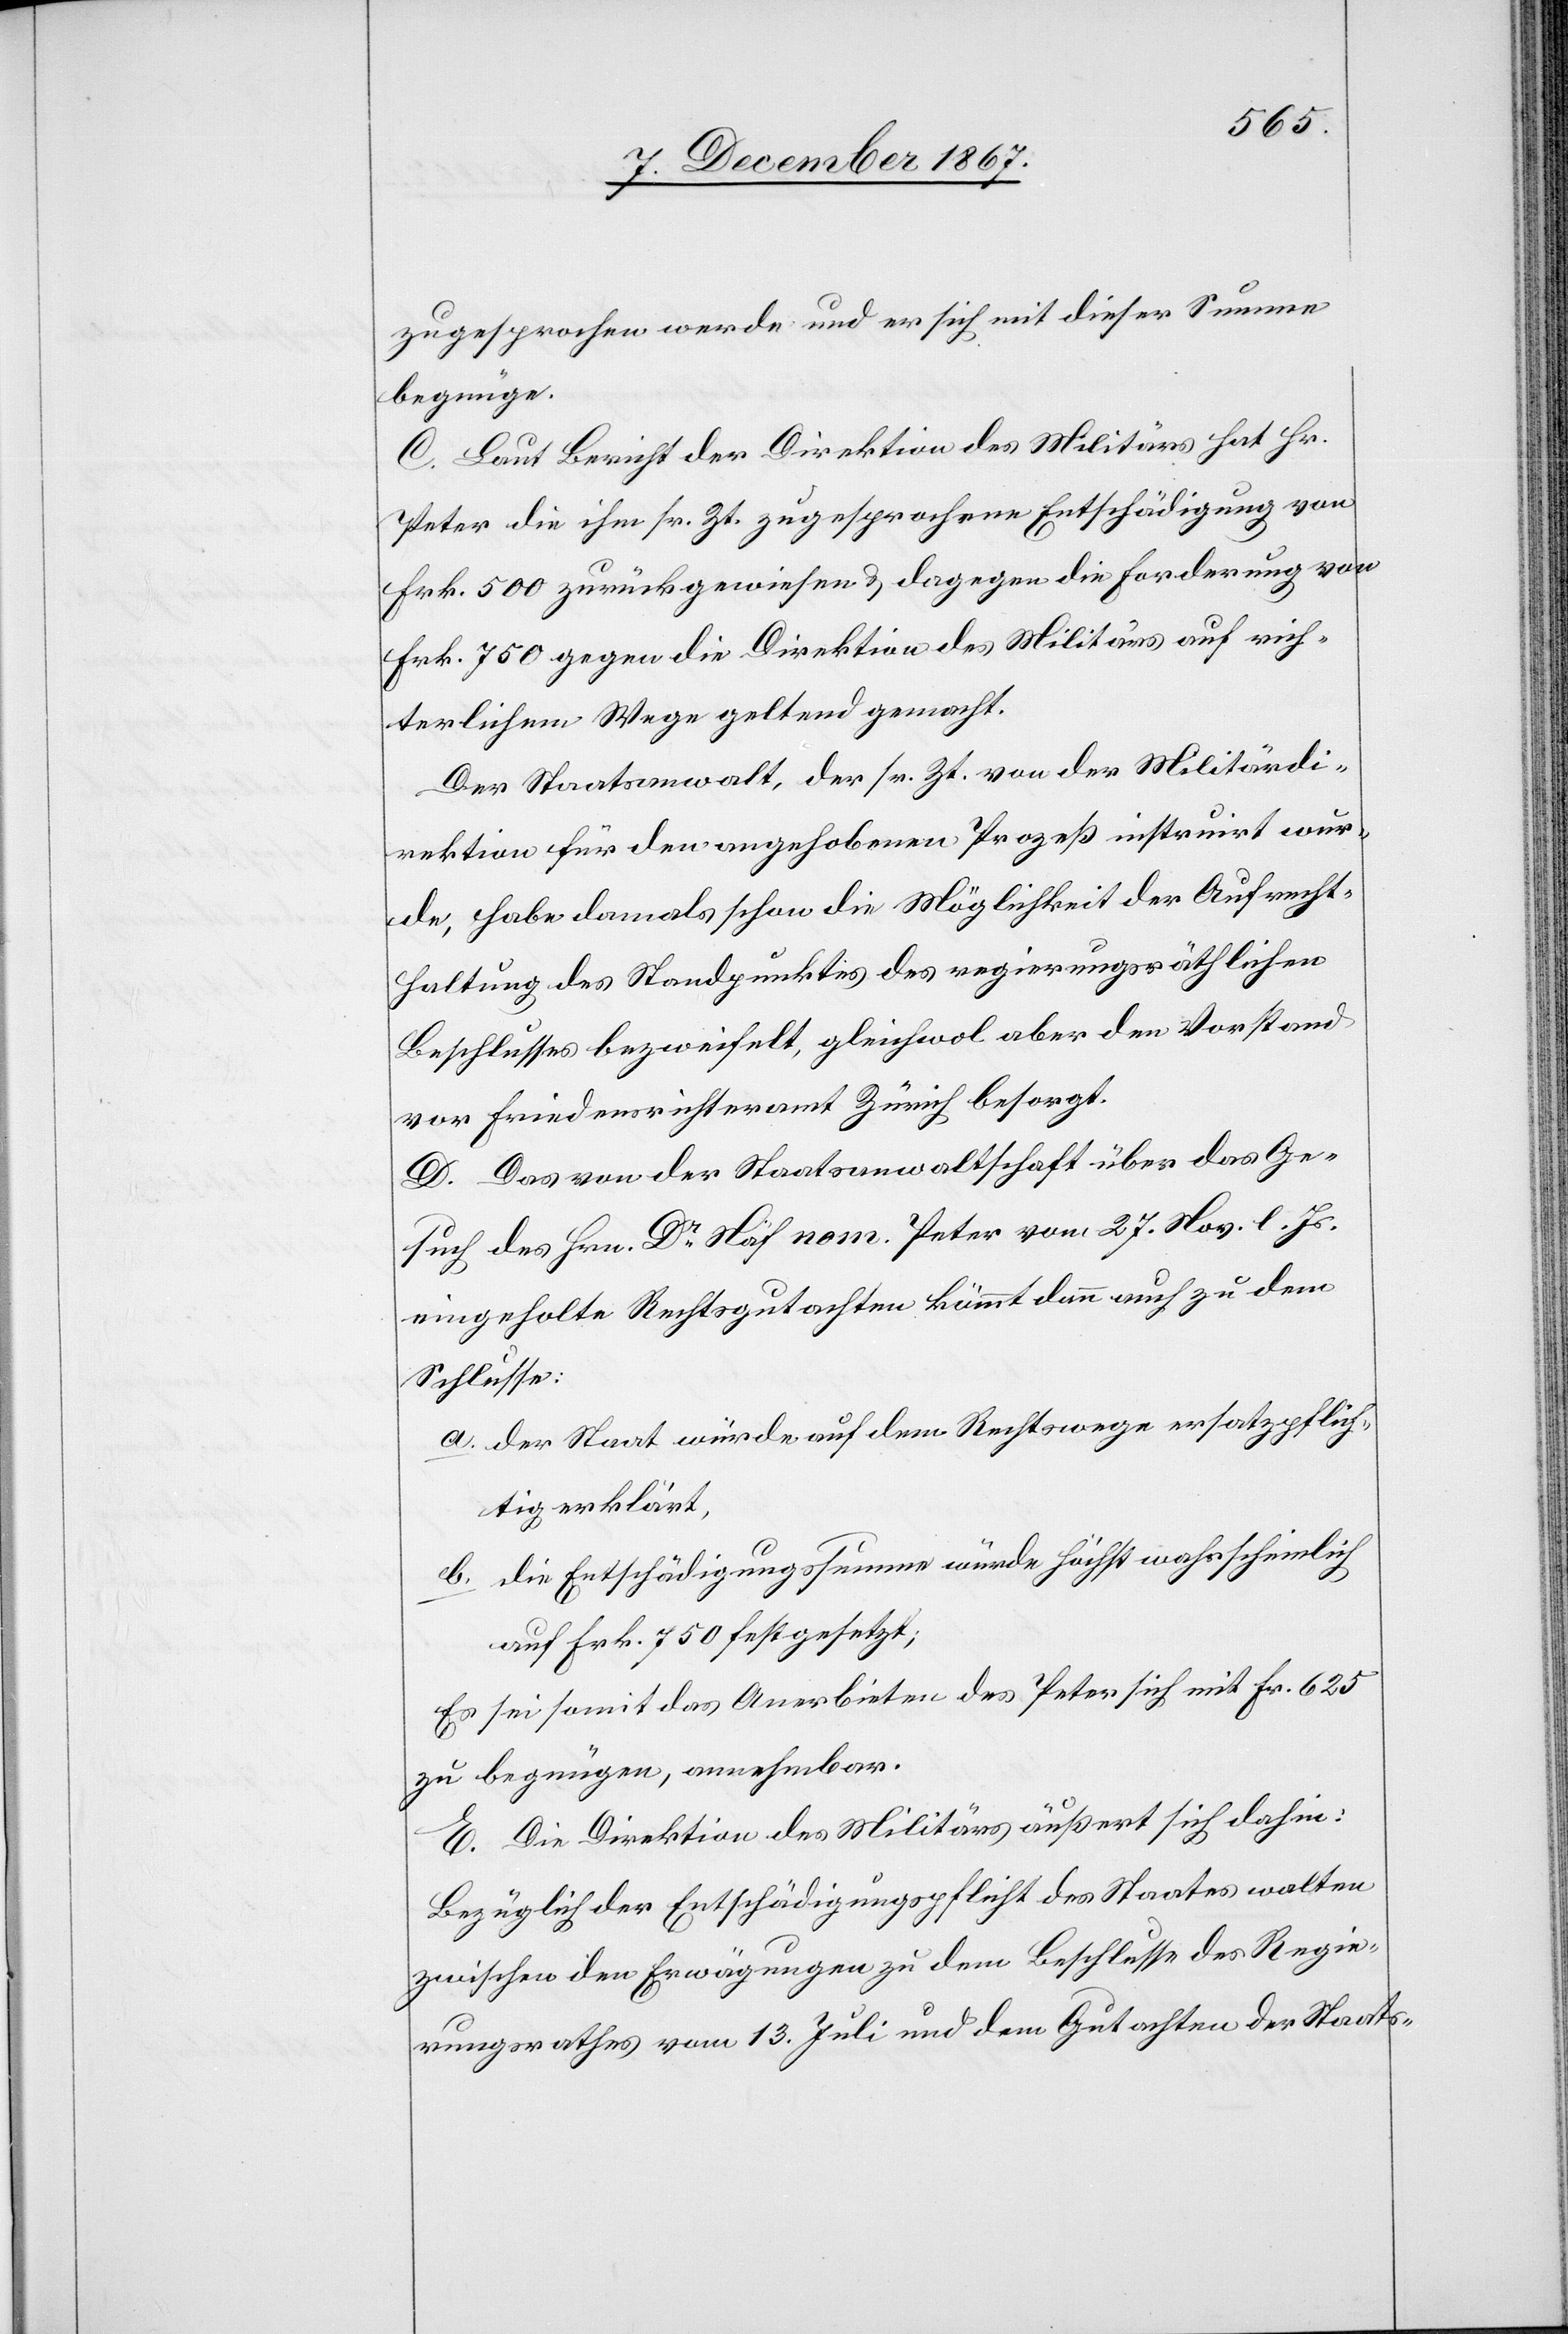
zugesprochen werde und er sich mit dieser Summe
begnüge.
C. Laut Bericht der Direktion des Militärs hat Hr.
Peter die ihm sr. Zt. zugesprochene Entschädigung von
Frk. 500 zurückgewiesen u. dagegen die Forderung von
Frk. 750 gegen die Direktion des Militärs auf rich¬
terlichem Wege geltend gemacht.
Der Staatsanwalt, der sr. Zt. von der Militärdi¬
rektion für den angehobenen Prozeß instruirt wur¬
de, habe damals schon die Möglichkeit der Aufrecht¬
haltung des Standpunktes des regierungsräthlichen
Beschlusses bezweifelt, gleichwol aber den Vorstand
vor Friedensrichteramt Zürich besorgt.
D. Das von der Staatsanwaltschaft über das Ge¬
such des Hrn. Dr. Näf nom. Peter vom 27. Nov. l. Js.
einheolte Rechtsgutachten kömmt dann auch zu dem
Schlusse:
a. der Staat würde auf dem Rechtswege ersatzpflich¬
tig erklärt,
b. die Entschädigungssumme würde höchst wahrscheinlich
auf Frk. 750 festgesetzt;
Es sei somit das Anerbieten des Peter sich mit Fr. 625
zu begnügen, annehmbar.
E. Die Direktion des Militärs äußerst sich dahin:
Bezüglich der Entschädigungspflicht des Staates walten
zwischen den Erwägungen zu dem Beschlusse des Regie¬
rungsrathes vom 13. Juli und dem Gutachten der Staats-